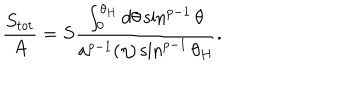
LaTeX: { \frac { S _ { t o t } } { A } } = S { \frac { \int _ { 0 } ^ { \theta _ { H } } d \theta \sin ^ { p - 1 } \theta } { a ^ { p - 1 } ( \eta ) \sin ^ { p - 1 } \theta _ { H } } } .